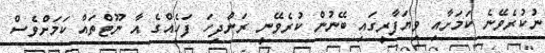
ނުކުރެވޭނެ ކަމަށާއި ވިޔަފާރީގައި ބޭނުން ކުރެވޭނީ ރަންދިހަ ފަހެއްގެ އާ ނޫޓްތައް ކަމަށްވެސް